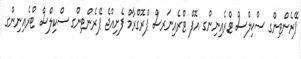
ޕޭރެންޓިންގ ސްކިލްސް ޓްރެއިނިންގ އޮފް ޓްރެއިނަރސް ޕްރޮގްރާމް ފެށިއްޖެ ޕޭރެންޓިންގ ސްކިލްސް ޓްރެއިނިންގ